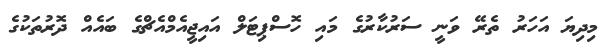
މިދިޔަ އަހަރު ތެރޭ ވަނީ ސަރުކާރުގެ މައި ހޮސްޕިޓަލް އައިޖީއެމްއެޗްގެ ބައެއް ދޮރުތަކުގެ